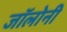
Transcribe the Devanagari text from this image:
जॉलोनी